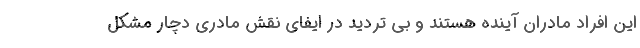
این افراد مادران آینده هستند و بی تردید در ایفای نقش مادری دچار مشکل